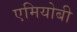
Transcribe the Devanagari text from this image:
एमियोबी